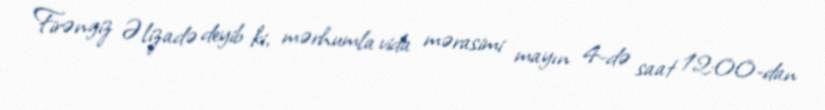
Firəngiz Əlizadə deyib ki, mərhumla vida mərasimi mayın 4-də saat 12:00-dan